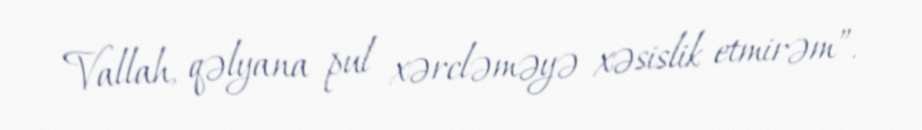
Vallah, qəlyana pul xərcləməyə xəsislik etmirəm”.